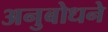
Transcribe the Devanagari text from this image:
अनुबोधने